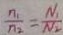
\frac { n _ { 1 } } { n _ { 2 } } = \frac { N _ { 1 } } { N _ { 2 } }